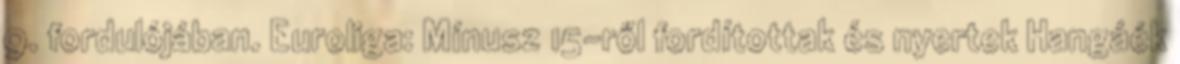
9. fordulójában. Euroliga: Mínusz 15-ről fordítottak és nyertek Hangáék